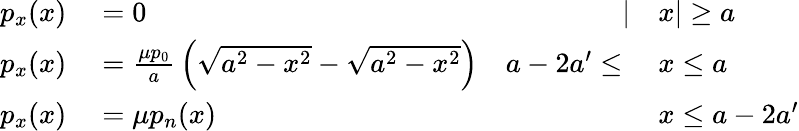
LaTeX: \begin{array}{rlrl}{p_{x}(x)}&{{}=0}&{|}&{{}x|\geq a}\\ {p_{x}(x)}&{{}={\frac{\mu p_{0}}{a}}\left({\sqrt{a^{2}-x^{2}}}-{\sqrt{a^{2}-x^{2}}}\right)}&{a-2a^{\prime}\leq{}}&{{}x\leq a}\\ {p_{x}(x)}&{{}=\mu p_{n}(x)}&{}&{{}x\leq a-2a^{\prime}}\end{array}